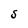
Character: S